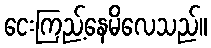
ငေးကြည့်နေမိလေသည်။